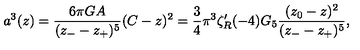
a ^ { 3 } ( z ) = { \frac { 6 \pi G A } { ( z _ { - } - z _ { + } ) ^ { 5 } } } ( C - z ) ^ { 2 } = { { \frac { 3 } { 4 } } \pi ^ { 3 } \zeta _ { R } ^ { \prime } ( - 4 ) G _ { 5 } } { \frac { ( z _ { 0 } - z ) ^ { 2 } } { ( z _ { - } - z _ { + } ) ^ { 5 } } } ,